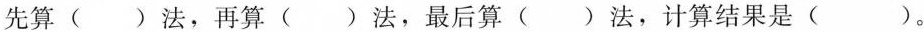
先算()法，再算()法，最后算()法，计算结果是()。